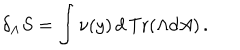
LaTeX: \delta _ { \Lambda } S = \int \nu ( y ) \, d \, \mathrm { T r } ( \Lambda d A ) \, .